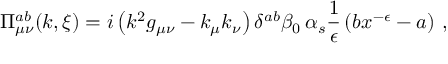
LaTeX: \Pi _ { \mu \nu } ^ { a b } ( k , \xi ) = i \left( k ^ { 2 } g _ { \mu \nu } - k _ { \mu } k _ { \nu } \right) \delta ^ { a b } \beta _ { 0 } \, \alpha _ { s } { \frac { 1 } { \epsilon } } \left( b x ^ { - \epsilon } - a \right) \, ,